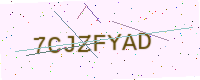
Text: 7CJZFYAD